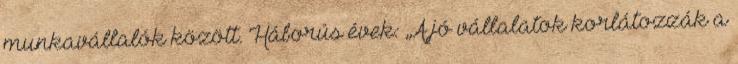
munkavállalók között. Háborús évek: „A jó vállalatok korlátozzák a